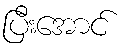
ပြီးအောင်